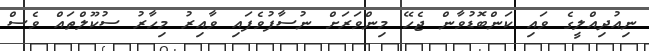
ނިއުދިއްލީގެ ވައި ކަންބޮޑުވާން ޖެހޭ މިންވަރަށް ނުސާފުވެފައި ވާއިރު މިހާރު ސުކޫލްތައް ވެސް